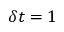
\delta t = 1